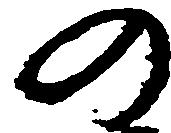
の